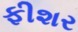
ફીશર